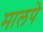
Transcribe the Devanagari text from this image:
मालपे